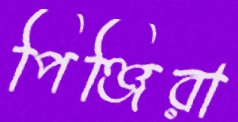
পিঞ্জিরা